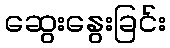
ဆွေးနွေးခြင်း